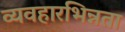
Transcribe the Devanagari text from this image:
व्यवहारभिन्नता